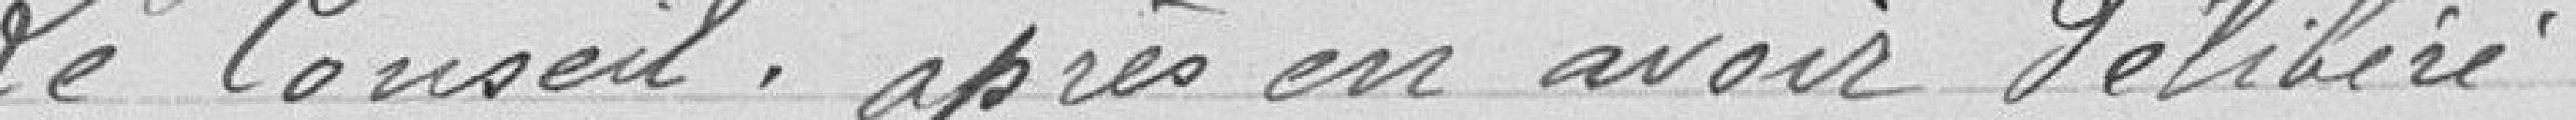
Le Conseil, après en avoir délibéré,